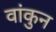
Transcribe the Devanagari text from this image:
वांकुन